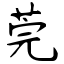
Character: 莞